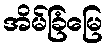
အိမ်ခြံမြေ